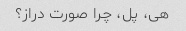
هی، پل، چرا صورت دراز؟